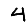
Digit: 4